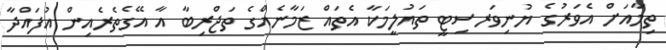
ތިމާއަށް އެވަރުގެ ޔުނިވަރސިޓީ ތައުލީމަކާ އެތައް ޒަމާނެއްގެ ތަޖްރިބާ އާ އޭގެތެރެއިން އުފައްދާ